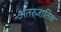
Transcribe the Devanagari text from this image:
अंतरजातिक